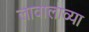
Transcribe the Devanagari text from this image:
लावालाव्या